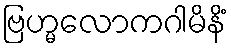
ဗြဟ္မလောကဂါမိနိံ